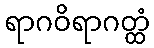
ရာဂဝိရာဂတ္ထံ